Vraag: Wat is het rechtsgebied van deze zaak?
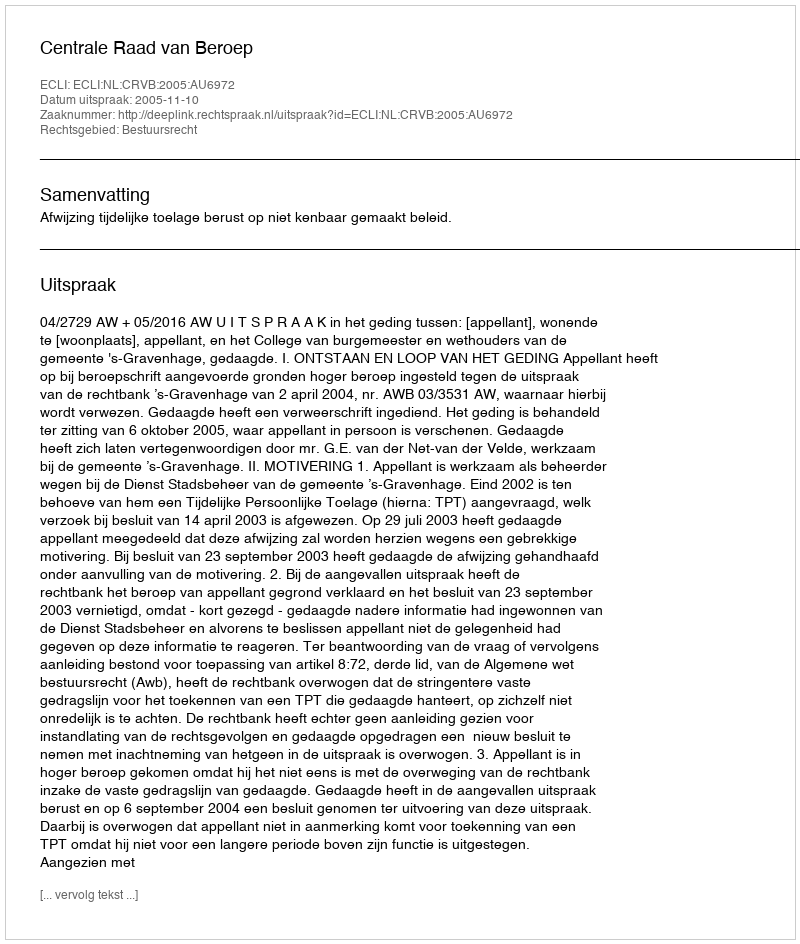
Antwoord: Bestuursrecht